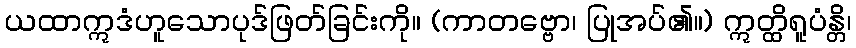
ယထာဣဒံဟူသောပုဒ်ဖြတ်ခြင်းကို။ (ကာတဗ္ဗော၊ ပြုအပ်၏။) ဣတ္ထိရူပံန္တိ၊